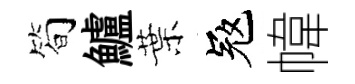
简鱸葉冦幃